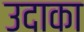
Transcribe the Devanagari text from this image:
उदाका